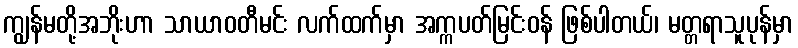
ကျွန်မတို့အဘိုးဟာ သာယာဝတီမင်း လက်ထက်မှာ အက္ကပတ်မြင်းဝန် ဖြစ်ပါတယ်၊ မတ္တရာသူပုန်မှာ